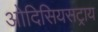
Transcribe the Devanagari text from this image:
ओदिसियसट्राय